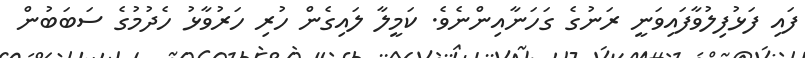
ފައި ފަޅުފިލުވާފައިވަނީ ރަނުގެ ގަހަނާއިންނެވެ. ކަމީލާ ލައިގެން ހުރި ހަރުވާޅު ހެދުމުގެ ސަބަބުން